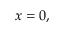
x = 0 ,